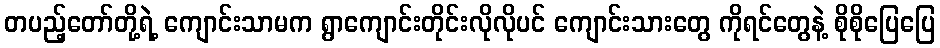
တပည့်တော်တို့ရဲ့ ကျောင်းသာမက ရွာကျောင်းတိုင်းလိုလိုပင် ကျောင်းသားတွေ ကိုရင်တွေနဲ့ စိုစိုပြေပြေ